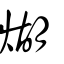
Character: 煳